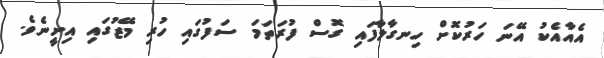
އެއާއެކު އޭނަ ހަރުކޮށް ހިނގާލާފައި ގޮސް ފުރަތަމަ ސަފުގައި ހުރި މޭޒުގައި އިށީނެވެ.